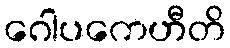
ဂေါပကေဟီတိ